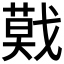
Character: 𢨃